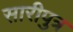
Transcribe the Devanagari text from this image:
सारीपुत्र